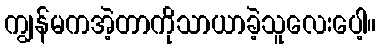
ကျွန်မကအဲ့တာကိုသာယာခဲ့သူလေးပေါ့။